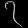
Digit: ၇